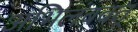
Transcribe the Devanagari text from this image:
अभिलंबवत्‌